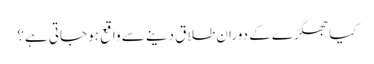
کیا جھگڑے کے دوران طلاق دینے سے واقع ہو جاتی ہے؟